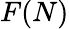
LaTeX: F(N)